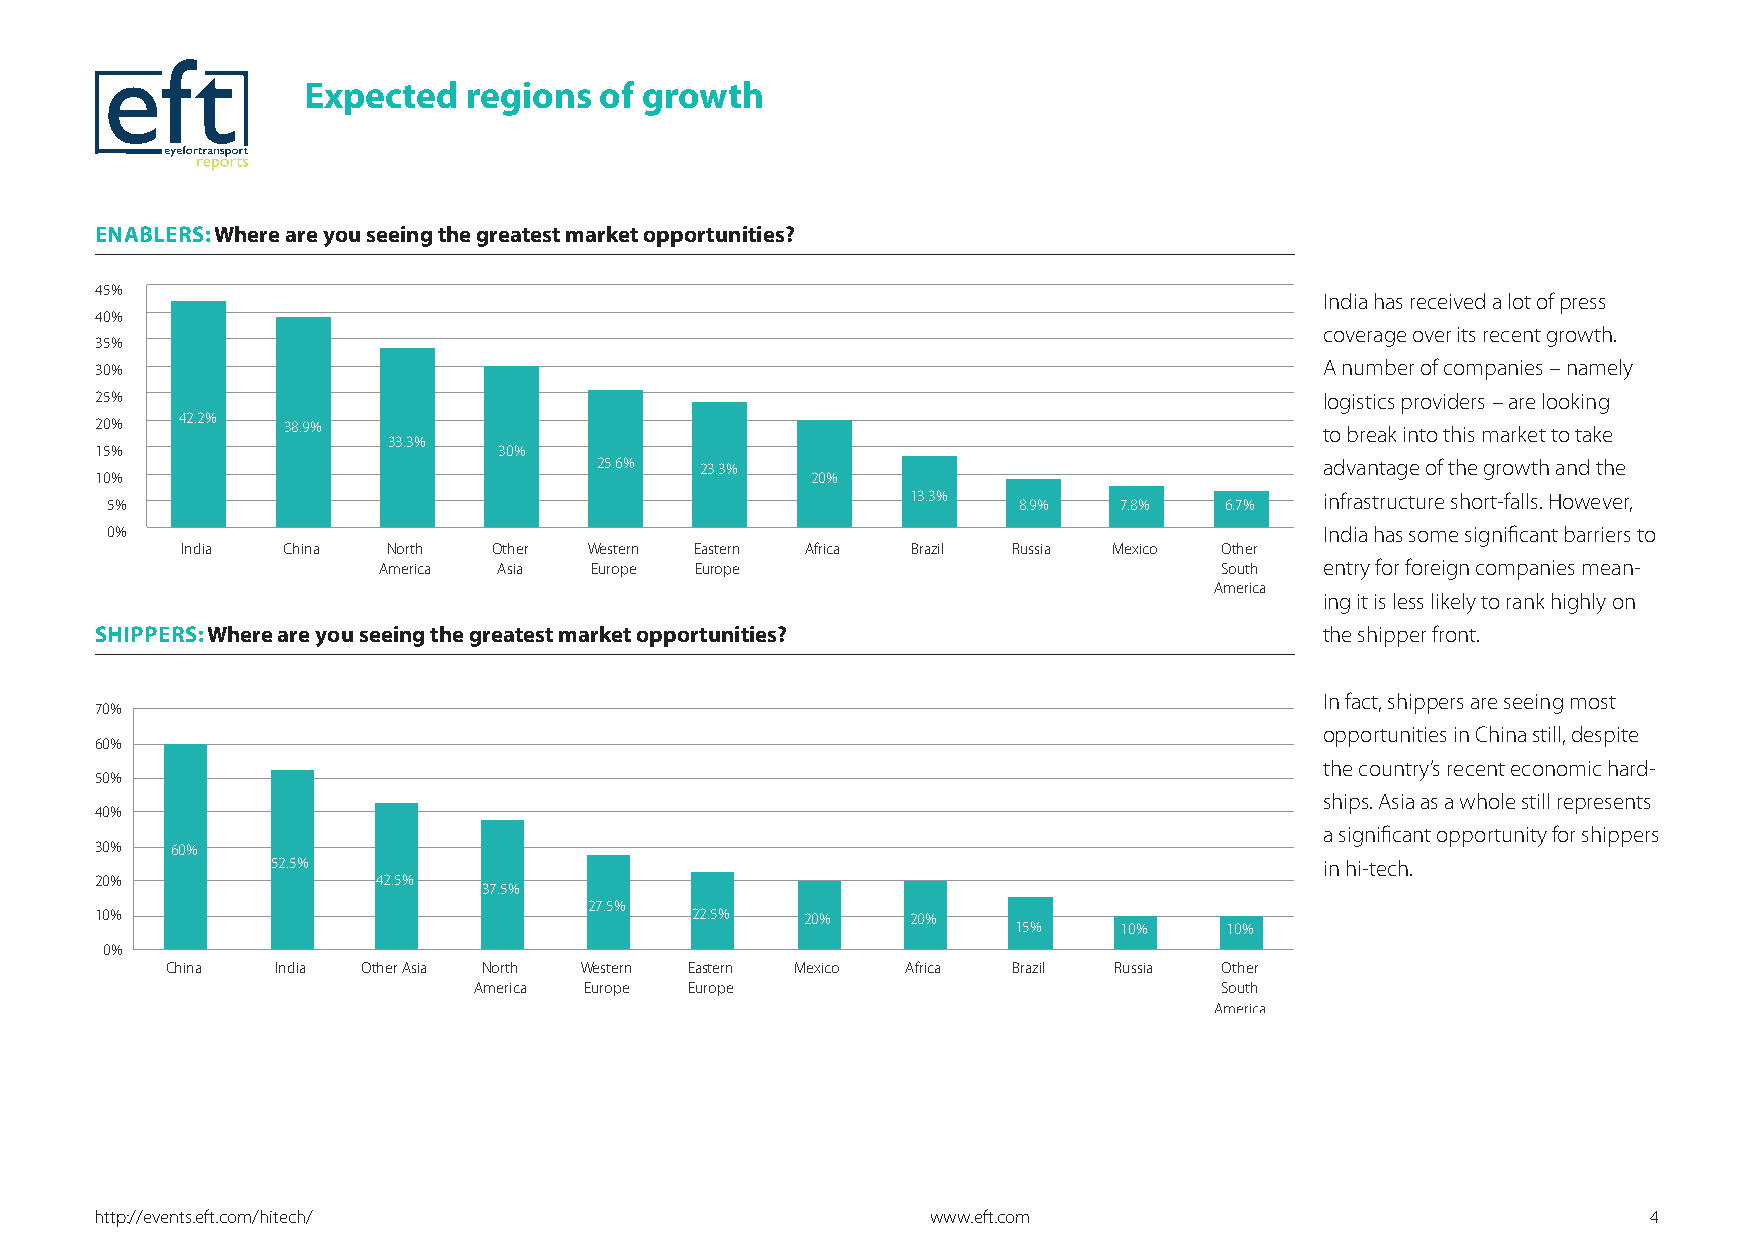
Expected   regions  of growth
 ENABLERS: Where are you seeing the greatest market opportunities?
 45%
 India has received a lot of press
 40%
 coverage over its recent growth.
 35%
 30%                                                                               A number of companies – namely
 25%                                                                               logistics providers – are looking
 20%   42.2%  38.9%                                                                to break into this market to take
 33.3%
 15%                        30%
 25.6%  23.3%                                     advantage of the growth and the
 10%                                             20%
 13.3%                       infrastructure short-falls. However,
 5%                                                          8.9%   7.8%   6.7%
 0%                                                                               India has some significant barriers to
 India  China  North  Other Western Eastern Africa Brazil Russia Mexico Other
 America Asia  Europe Europe                             South  entry for foreign companies mean-
 America
 ing it is less likely to rank highly on
 SHIPPERS: Where are you seeing the greatest market opportunities?                 the shipper front.
 In fact, shippers are seeing most
 70%
 opportunities in China still, despite
 60%
 the country’s recent economic hard-
 50%
 ships. Asia as a whole still represents
 40%
 a significant opportunity for shippers
 30%  60%
 52.5%                                                                 in hi-tech.
 20%                42.5%
 37.5%
 27.5%
 10%                                     22.5%  20%    20%
 15%    10%    10%
 0%
 China  India Other Asia North Western Eastern Mexico Africa Brazil Russia Other
 America Europe Europe                             South
 America
 http://events.eft.com/hitech/                           www.eft.com                                    4